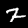
Digit: 2